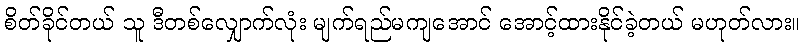
စိတ်ခိုင်တယ် သူ ဒီတစ်လျှောက်လုံး မျက်ရည်မကျအောင် အောင့်ထားနိုင်ခဲ့တယ် မဟုတ်လား။